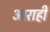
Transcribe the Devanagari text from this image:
आराही